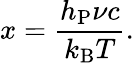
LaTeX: x=\frac{h_{\mathrm{P}}\nu c}{k_{\mathrm{B}}T}.